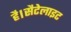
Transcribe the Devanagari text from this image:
है।सैटेलाइट